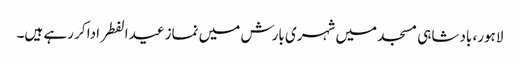
لاہور، بادشاہی مسجد میں شہری بارش میں نماز عیدالفطر ادا کر رہے ہیں۔